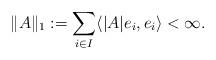
LaTeX: \begin{align*}\|A\|_{1}:=\sum_{i\in I}\langle |A|e_{i},e_{i}\rangle <\infty.\end{align*}